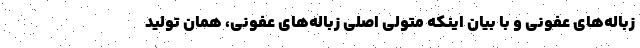
زباله‌های عفونی و با بیان اینکه متولی اصلی زباله‌های عفونی، همان تولید